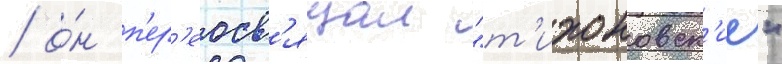
/ о́н п'ер'еосв'ящал "т'ихоновск'ие"